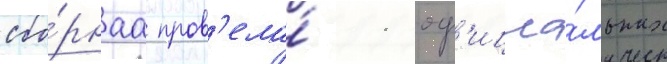
сбо́рнаа пров'ела́ 11 оф'ициа́льных